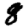
Digit: 8